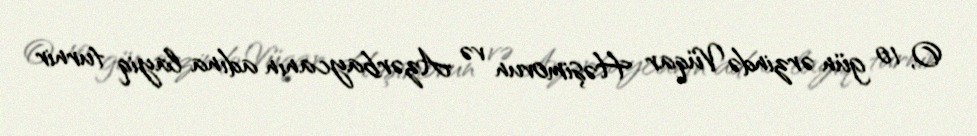
O, 10 gün ərzində Vüqar Həşimovun və Azərbaycanın adına layiq turnir